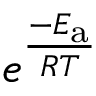
e ^ { \frac { - E _ { \mathrm { a } } } { R T } }